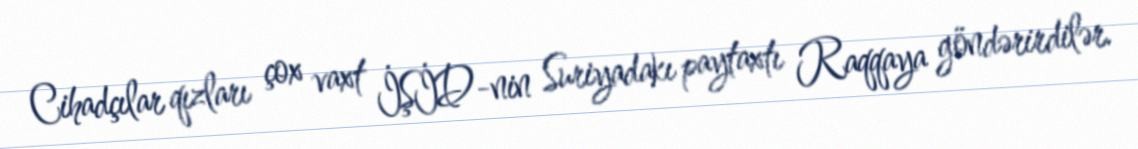
Cihadçılar qızları çox vaxt İŞİD-nin Suriyadakı paytaxtı Raqqaya göndərirdilər.